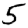
Digit: 5